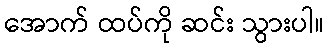
အောက် ထပ်ကို ဆင်း သွားပါ။